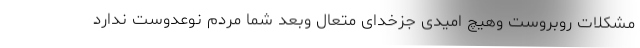
مشکلات روبروست وهیچ امیدی جزخدای متعال وبعد شما مردم نوعدوست ندارد